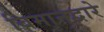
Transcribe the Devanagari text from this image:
बिमानद्वारे